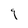
Character: 9